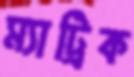
ম্যাট্রিক